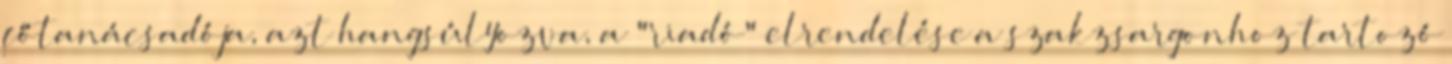
főtanácsadója, azt hangsúlyozva, a "riadó" elrendelése a szakzsargonhoz tartozó